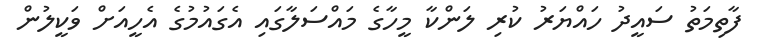
ފާތިމަތު ސައީދު ހައްޔަރު ކުރި ލަންކާ މީހާގެ މައްސަލާގައި އެގައުމުގެ އެހީއަށް ވަކީލުން